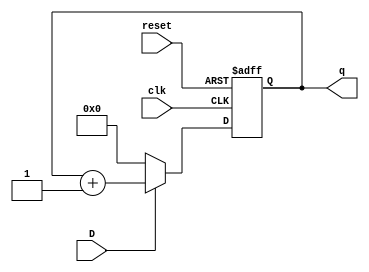
module count (D,clk,q,reset);
input D,clk,reset;
output reg [3:0]q;
always @ (posedge clk, negedge reset)
begin
if (reset==0)
q<=0;
else if(D==1)
q<=q+1;
else
q<=0;
end
endmodule